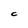
Character: C